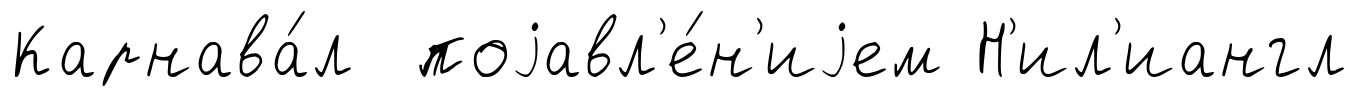
Карнава́л поjавл'е́н'иjем Н'ил'иангл